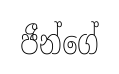
ජීන්ගේ